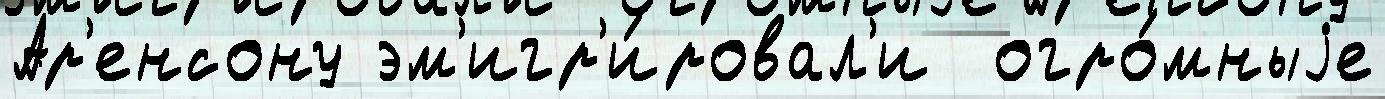
Ар'енсону эм'игр'и́ровал'и  огро́мныjе